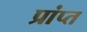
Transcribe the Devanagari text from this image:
प्रांप्त